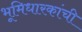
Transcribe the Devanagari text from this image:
भूमिधारकांची